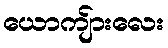
ယောကျ်ားလေး